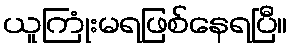
ယူကြုံးမရဖြစ်နေရပြီ။